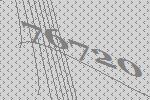
76720